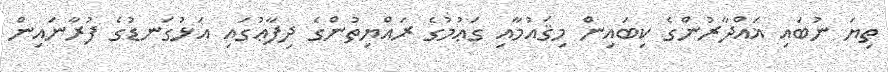
ތިޔަ ނުބައި ޣައްދާރުންގެ ކިބައިން މިޤައުމާއި ގަޢުމުގެ ރައްޔިތުންގެ ދިފާޢުގައި އަޅުގަނޑުގެ ފުރާނައިން